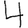
Digit: 4